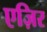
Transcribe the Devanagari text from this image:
एज़िर